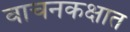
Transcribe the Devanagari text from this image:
वाचनकक्षात